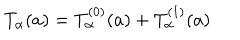
LaTeX: T _ { \alpha } ( a ) = T _ { \alpha } ^ { ( 0 ) } ( a ) + T _ { \alpha } ^ { ( 1 ) } ( a )